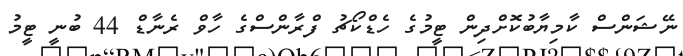
ނޭޝަންސް ކާމިޔާބުކޮށްދިން ޓީމުގެ ހެޑްކޯޗު ފްރާންސްގެ ހާވް ރެނާޑް 44 ބުނީ ޓީމު